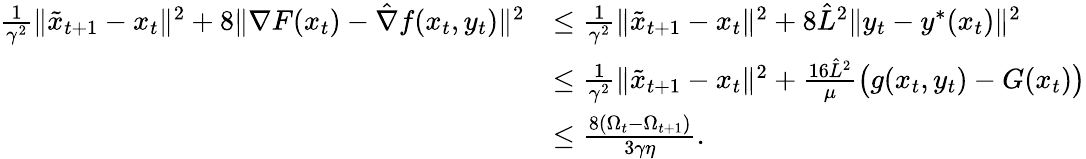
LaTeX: \begin{array}{rl}{\frac{1}{\gamma^{2}}\| \tilde{x}_{t+1}-x_{t}\| ^{2}+8\| \nabla F(x_{t})-\hat{\nabla}f(x_{t},y_{t})\| ^{2}}&{\leq\frac{1}{\gamma^{2}}\| \tilde{x}_{t+1}-x_{t}\| ^{2}+8\hat{L}^{2}\| y_{t}-y^{*}(x_{t})\| ^{2}}\\ &{\leq\frac{1}{\gamma^{2}}\| \tilde{x}_{t+1}-x_{t}\| ^{2}+\frac{16\hat{L}^{2}}{\mu}\big(g(x_{t},y_{t})-G(x_{t})\big)}\\ &{\leq\frac{8(\Omega_{t}-\Omega_{t+1})}{3\gamma\eta}.}\end{array}